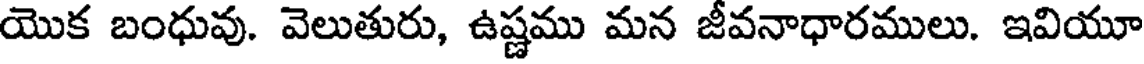
యొక బంధువు. వెలుతురు, ఉష్ణము మన జీవనాధారములు. ఇవియూ